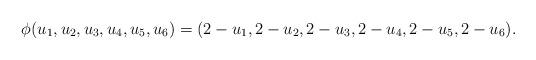
LaTeX: \begin{align*}\phi(u_1,u_2,u_3,u_4,u_5,u_6) = (2 - u_1, 2 - u_2, 2 - u_3, 2 - u_4, 2 - u_5, 2 - u_6).\end{align*}